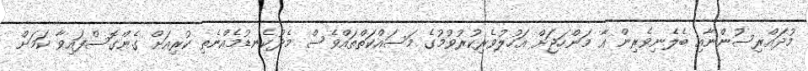
މުދައްރިސުންނާއި ބެލެނިވެރިން އާ މަންހަޖަށް އަހުލުވެރިކުރުވުމުގެ މަސައްކަތްތައްވެސް މެދުކެނޑުމެއްނެތި ކުރިއަށް ގެންގޮސްފައިވާ ކަމަށް